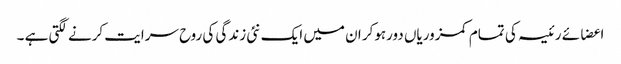
اعضائے رئیسہ کی تمام کمزوریاں دورہوکر ان میں ایک نئی زندگی کی روح سرایت کرنے لگتی ہے ۔